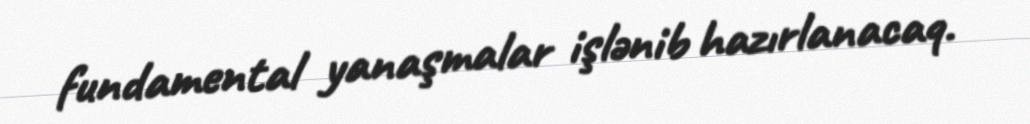
fundamental yanaşmalar işlənib hazırlanacaq.